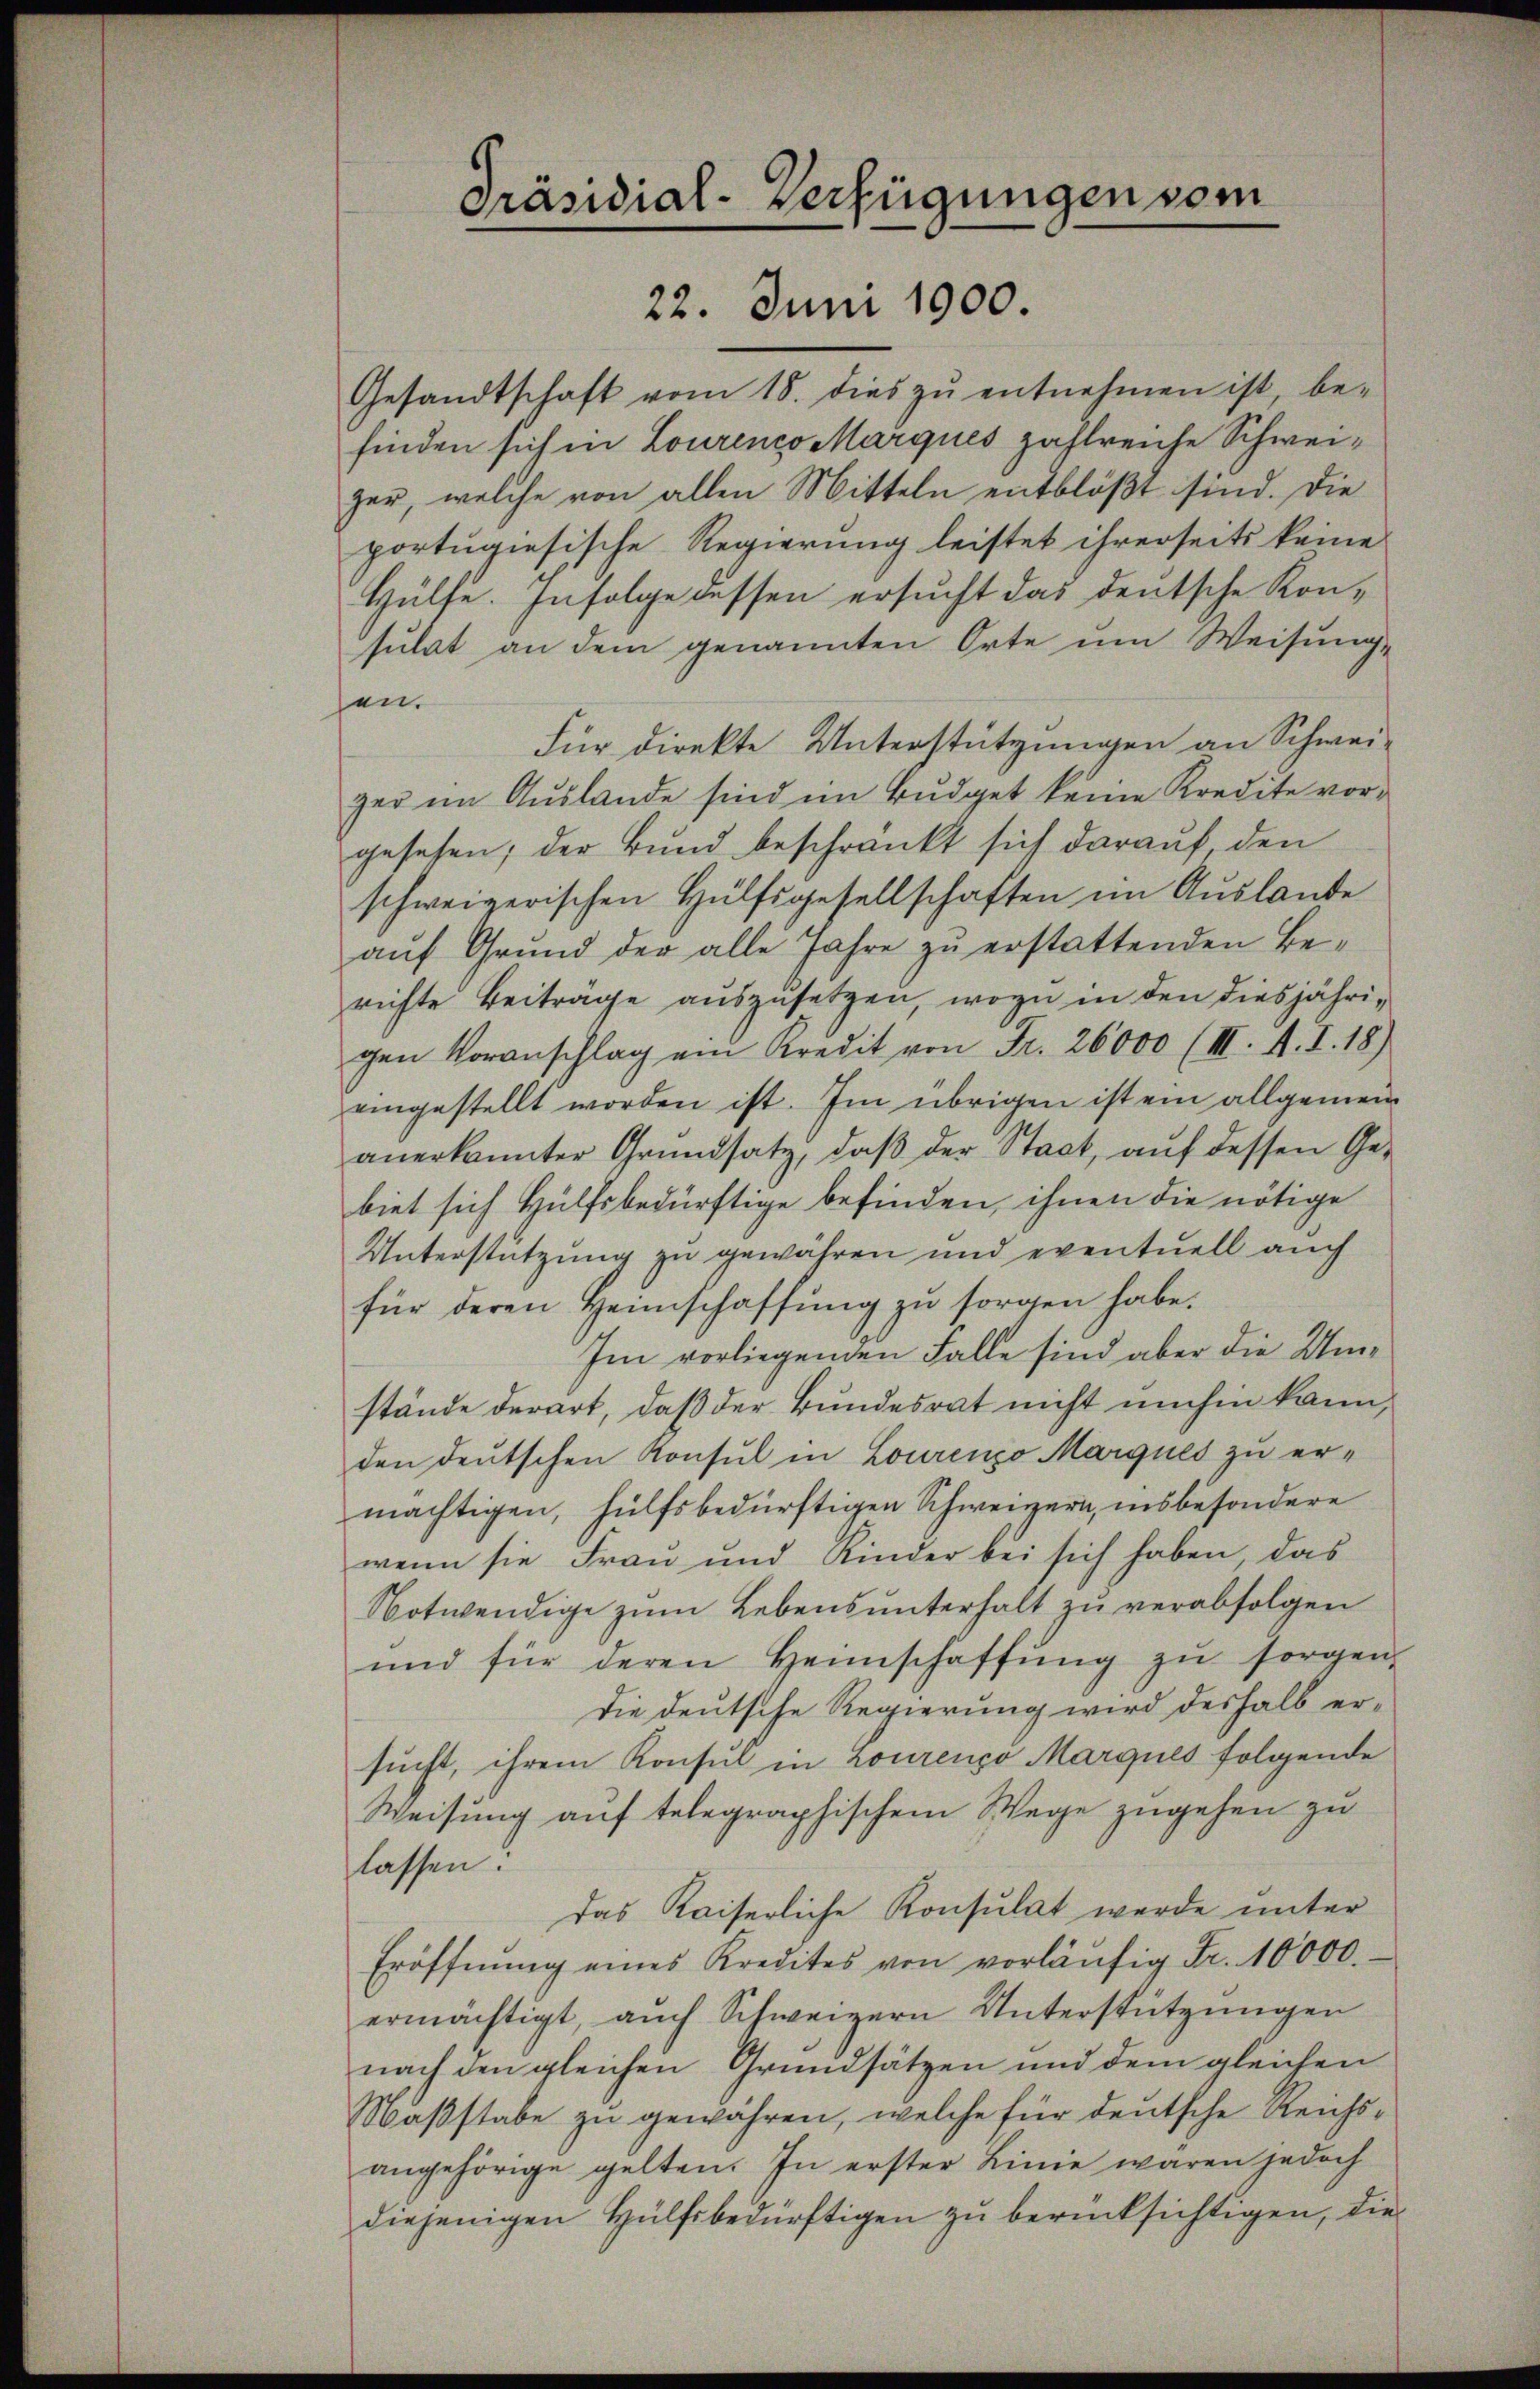
Gesandtschaft vom 18. dies zŭ entnehmen ist, be-
finden sich in Lourenco Marques zahlreiche Schweizer, welche von allen Mitteln entblößt sind. Die
portugisische Regierung leistet ihrerseits keine
Hülfe. Infolge dessen ersucht das deutsche Kon-
sulat an dem genannten Orte um Weisung,
en.
Für direkte Unterstützungen an Schweizer im Auslande sind im Budget keine Kredite vorgesehen; der Bund beschränkt sich darauf den
schweizerischen Hülfsgesellschaften im Auslande
aŭf Grund der alle Jahre zŭ erstattenden Berichte Beiträge auszusetzen, wozu in den diesjährigen Voranschlag ein Kredit von Fr. 26000 (III. A. I. 18)
eingestellt worden ist. Im übrigen ist ein allgemeinanerkannter Grŭndsatz, daβ der Stadt, aŭf dessen Ge-
biet sich Hülfsbedürftige befinden, ihnen die nötige
Unterstützung zu gewähren und eventuell auch
für deren Heimschaffŭng zŭ sorgen habe.
Im vorliegenden Falle sind aber die Umstände derart, daß der Bundesrat nicht umhin kann,
den deutschen Konsul in Lourenzo Marques zu ermächtigen, hülfsbedürftigen Schweizern, insbesondere
wenn sie Frau und Kinder bei sich haben, das
Notwendige zum Lebensunterhalt zu verabfolgen
und für deren Heimschaffŭng zŭ sorgen,
die deutsche Regierung wird deshalb ersucht, ihrem Konsul in Lourenzo Marques folgende
Weisung auf telegraphischem Wege zugehen zu
lassen:
das Kaiserliche Konsulat werde unter
Eröffnŭng eines Kredites von vorläŭfig Fr. 10000.
ermächtigt, auch Schweizern Unterstützungen
nach den gleichen Grundsätzen und dem gleichen
Maßstabe zu gewähren, welche für deutsche Reichsangehörige gelten. In erster Linie waren jedoch
diejenigen Hülfsbedürftigen zu berücksichtigen, die

Präsidial-Verfügungen vom
22. Juni 1900